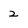
Character: 2